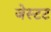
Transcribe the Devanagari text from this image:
जेस्टट